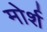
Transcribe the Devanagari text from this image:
मोर्श